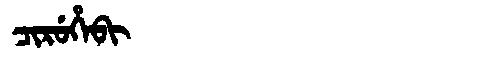
Manchu: ᠴᡳᡵᡠᡥᡝᠪᡳ
Romanization: CIRUHEBI